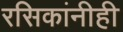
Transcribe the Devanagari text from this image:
रसिकांनीही